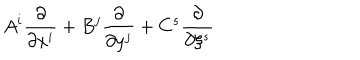
A ^ { i } \frac { \partial } { \partial x ^ { i } } + B ^ { j } \frac { \partial } { \partial y ^ { j } } + C ^ { s } \frac { \partial } { \partial \xi ^ { s } }